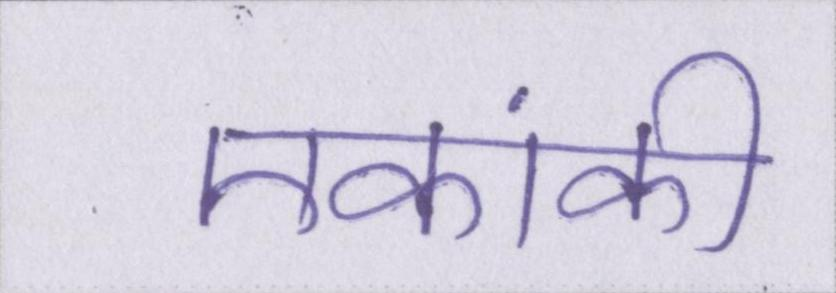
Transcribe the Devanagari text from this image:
एकांकी